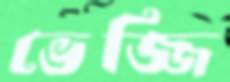
ভেজ্জি